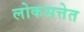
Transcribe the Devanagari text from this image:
लोकसत्तेत